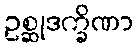
ဥစ္ဆုဒက္ခိဏာ